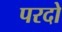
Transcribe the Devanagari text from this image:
परदो